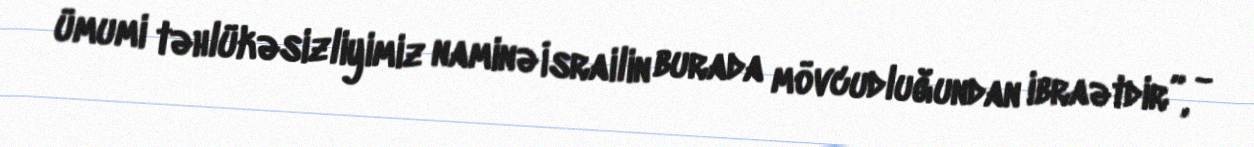
ümumi təhlükəsizliyimiz naminə İsrailin burada mövcudluğundan ibraətdir”, -